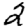
Digit: 2